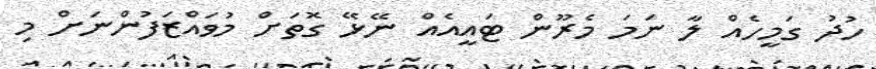
ހުދު ގަމީހެއް ލާ ނަމަ މެރޫން ޓައީއެއް ނޭޅޭ ގޮތަށް މުވައްޒަފުންނަށް މި